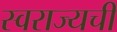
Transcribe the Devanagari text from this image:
स्वराज्यची